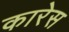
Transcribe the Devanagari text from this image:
कारेस